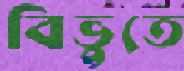
বিভুতে